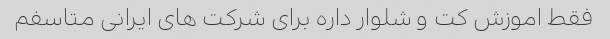
فقط اموزش کت و شلوار داره برای شرکت های ایرانی متاسفم